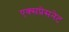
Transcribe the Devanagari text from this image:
एक्सप्रेसनेट